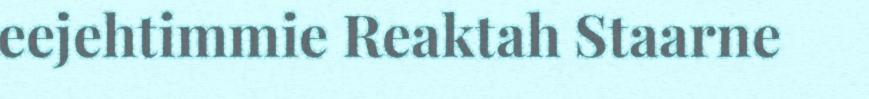
eejehtimmie Reaktah Staarne